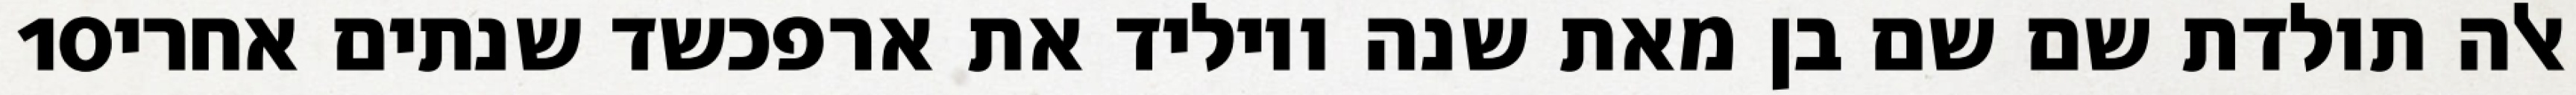
‎10‏ אלה תולדת שם שם בן מאת שנה ויוליד את ארפכשד שנתים אחרי